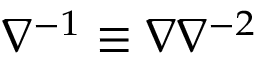
\nabla ^ { - 1 } \equiv \nabla \nabla ^ { - 2 }